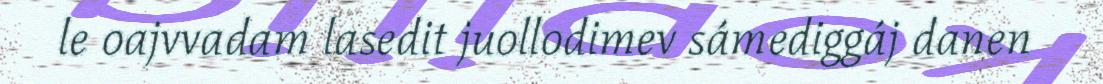
le oajvvadam lasedit juollodimev sámediggáj danen